Annual report of the Madras Medical College
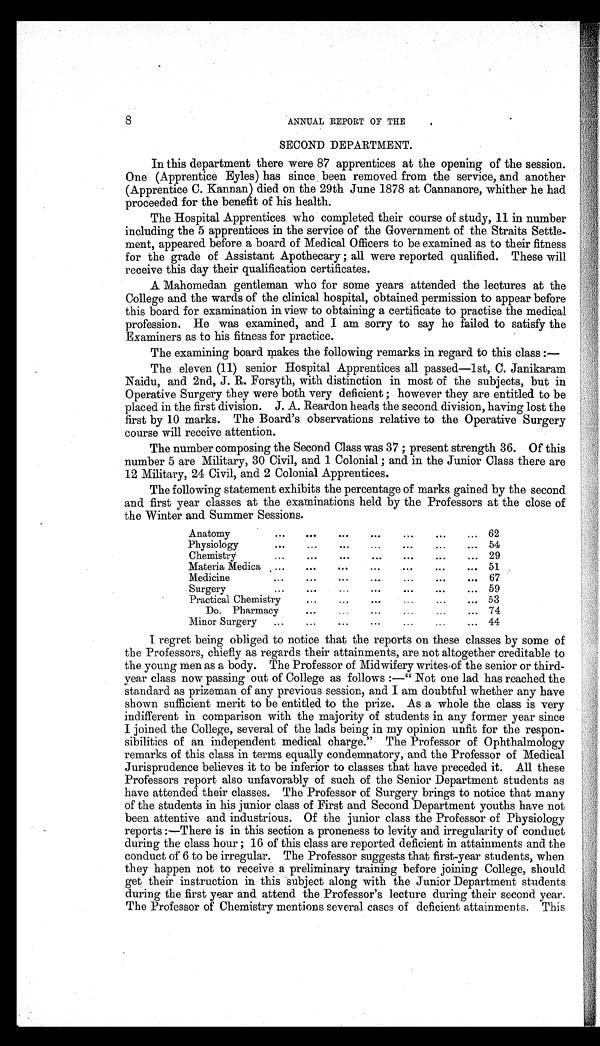
8
ANNUAL REPORT OF THE
SECOND DEPARTMENT.
In this department there were 87 apprentices at the opening of the session.
One (Apprentice Eyles) has since been removed from the service, and another
(Apprentice C. Kannan) died on the 29th June 1878 at Cannanore, whither he had
proceeded for the benefit of his health.
The Hospital Apprentices who completed their course of study, 11 in number
including the 5 apprentices in the service of the Government of the Straits Settle-
ment, appeared before a board of Medical Officers to be examined as to their fitness
for the grade of Assistant Apothecary; all were reported qualified. These will
receive this day their qualification certificates.
A Mahomedan gentleman who for some years attended the lectures at the
College and the wards of the clinical hospital, obtained permission to appear before
this board for examination in view to obtaining a certificate to practise the medical
profession. He was examined, and I am sorry to say he failed to satisfy the
Examiners as to his fitness for practice.
The examining board makes the following remarks in regard to this class:
The eleven (11) senior Hospital Apprentices all passed-1st, C. Janikaram
Naidu, and 2nd, J. R. Forsyth, with distinction in most of the subjects, but in
Operative Surgery they were both very deficient; however they are entitled to be
placed in the first division. J. A. Reardon heads the second division, having lost the
first by 10 marks. The Board's observations relative to the Operative Surgery
course will receive attention.
The number composing the Second Class was 37; present strength 36. Of this
number 5 are Military, 30 Civil, and 1 Colonial ; and in the Junior Class there are
12 Military, 24 Civil, and 2 Colonial Apprentices.
The following statement exhibits the percentage of marks gained by the second
and first year classes at the examinations held by the Professors at the close of
the Winter and Summer Sessions.
Anatomy
62
Physiology
54
Chemistry
29
Materia Medica
51
Medicine
67
Surgery
59
Practical Chemistry
53
Do. Pharmacy
74
Minor Surgery
44
I
regret being obliged to notice that the reports on these classes by some of
the Professors, chiefly as regards their attainments, are not altogether creditable to
the young men as a body. The Professor of Midwifery writes of the senior or third-
year class now passing out of College as follows:—"Not one lad has reached the
standard as prizeman of any previous session, and I am doubtful whether any have
shown sufficient merit to be entitled to the prize. As a whole the class is very
indifferent in comparison with the majority of students in any former year since
I joined the College, several of the lads being in my opinion unfit for the respon-
sibilities of an independent medical charge." The Professor of Ophthalmology
remarks of this class in terms equally condemnatory, and the Professor of Medical
Jurisprudence believes it to be inferior to classes that have preceded it. All these
Professors report also unfavorably of such of the Senior Department students as
have attended their classes. The Professor of Surgery brings to notice that many
of the students in his junior class of First and Second Department youths have not
been attentive and industrious. Of the junior class the Professor of Physiology
reports :—There is in this section a proneness to levity and irregularity of conduct
during the class hour; 16 of this class are reported deficient in attainments and the
conduct of 6 to be irregular. The Professor suggests that first-year students, when
they happen not to receive a preliminary training before joining College, should
get their instruction in this subject along with the Junior Department students
during the first year and attend the Professor's lecture during their second year.
The Professor of Chemistry mentions several cases of deficient attainments. This